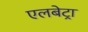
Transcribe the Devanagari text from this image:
एलबेट्रा